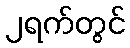
၂ရက်တွင်